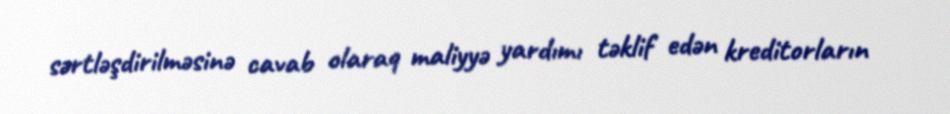
sərtləşdirilməsinə cavab olaraq maliyyə yardımı təklif edən kreditorların